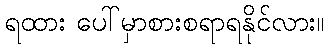
ရထား ပေါ်မှာစားစရာရနိုင်လား။